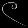
Digit: ၉